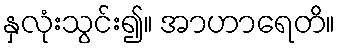
နှလုံးသွင်း၍။ အာဟာရေတိ။